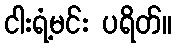
ငါးရံ့မင်း ပရိတ်။